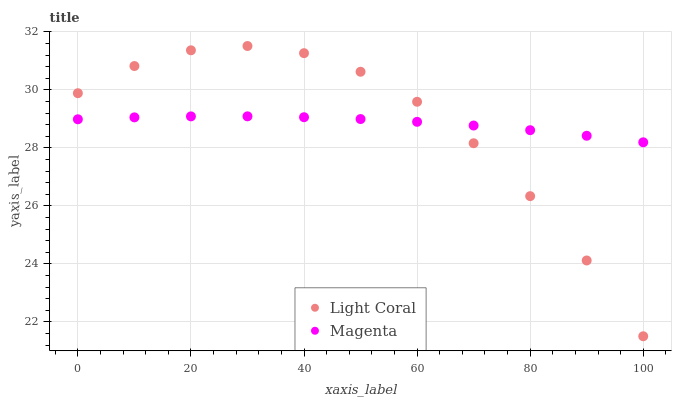
| xaxis_label | Light Coral | Magenta |
 | --- | --- | --- |
 | 0 | 29.9 | 29 |
 | 10 | 30.8 | 29.1 |
 | 20 | 31.4 | 29.1 |
 | 30 | 31.5 | 29.1 |
 | 40 | 31.3 | 29.1 |
 | 50 | 30.6 | 29 |
 | 60 | 29.6 | 28.9 |
 | 70 | 28.2 | 28.8 |
 | 80 | 26.3 | 28.6 |
 | 90 | 24.1 | 28.4 |
 | 100 | 21.5 | 28.2 |